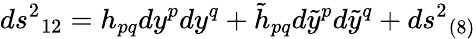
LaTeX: ds^{2}{}_{12}=h_{pq}dy^{p}dy^{q}+\tilde{h}_{pq}d\tilde{y}^{p}d\tilde{y}^{q}+ds^{2}{}_{(8)}